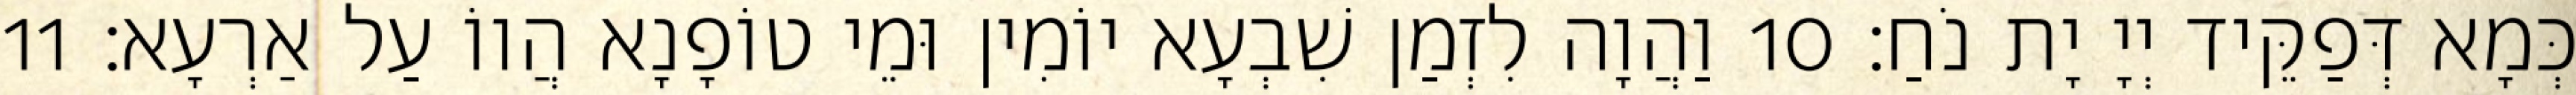
כְּמָא דְּפַקֵּיד יְיָ יָת נֹחַ׃ 10 וַהֲוָה לִזְמַן שִׁבְעָא יוֹמִין וּמֵי טוֹפָנָא הֲווֹ עַל אַרְעָא׃ 11